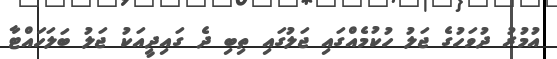
އުމުރު ދުވަހުގެ ޖަލު ހުކުމެއްގައި ޖަލުގައި ތިބި ދެ ގައިދީއަކު ޖަލު ބަލަހައްޓާ